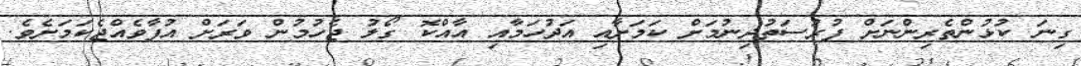
ގިނަ ކުޅުންތެރިންނަށް ފުރުސަތުދިނުމަށް ކަމަށާއި އަދުހަމާއި އާއްކޮ ގޯލު ޖެހުމުން ވަރަށް އުފާވެއްޖެކަމަށެވެ.